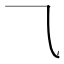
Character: ⺄